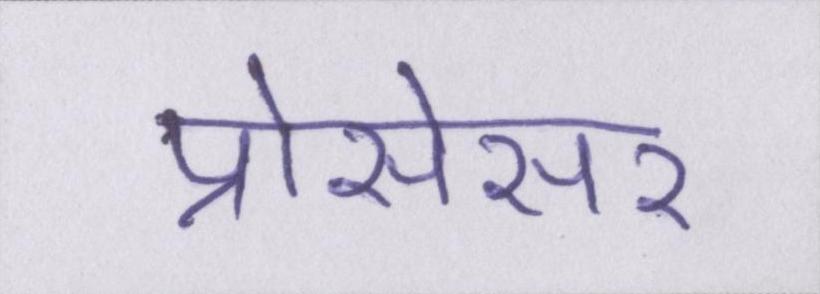
प्रोसेसर